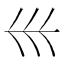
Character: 𡿧